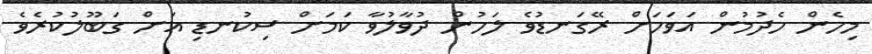
މިހެން ހެދުމުން އަވަހަށް ރޭގަނޑުވެ ލަހުން ދުވާލުވާ ކަމަށް ސިކުނޑި އަށް ގަބޫލުކުރެވެ